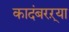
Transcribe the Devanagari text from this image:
कादंबरऱ्या